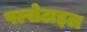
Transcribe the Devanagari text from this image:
पल्सेटाइल